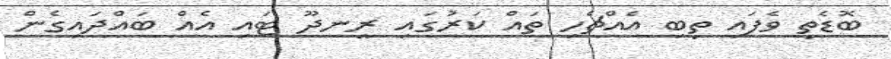
ބޮޑެތި ވެފައި ތިބި އެއްޗެހި ތައް ކަރުގައި ރީނދޫ ޓައި އެއް ބައްދައިގެން